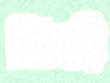
মিঠাছড়ি